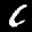
Label: 6